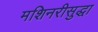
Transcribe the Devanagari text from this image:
मशिनरीसुद्धा